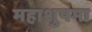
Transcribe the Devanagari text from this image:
महाशुषमा